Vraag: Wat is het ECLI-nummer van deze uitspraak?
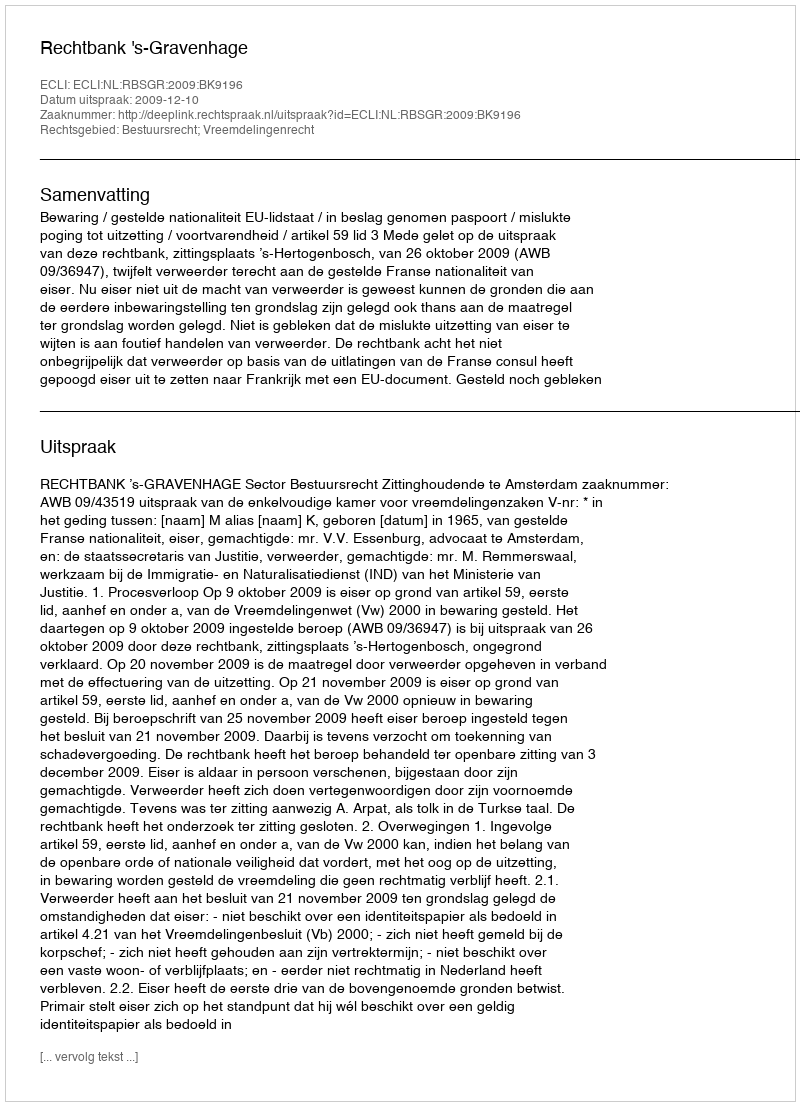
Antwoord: ECLI:NL:RBSGR:2009:BK9196